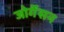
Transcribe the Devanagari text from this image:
जोर्गेंसन